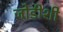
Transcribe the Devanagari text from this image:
जोडीशी